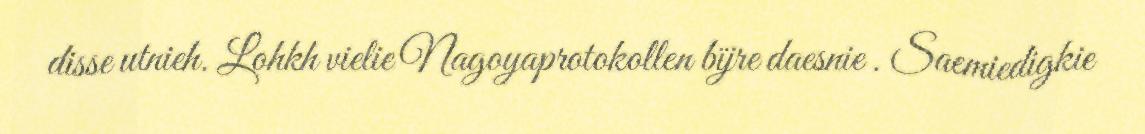
disse utnieh. Lohkh vielie Nagoyaprotokollen bïjre daesnie . Saemiedigkie